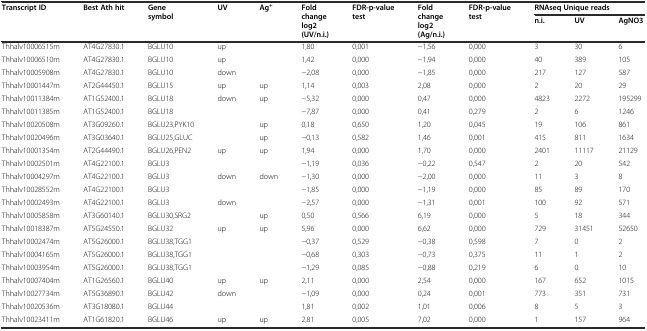
<table><thead><tr><td rowspan="2"><b>Transcript ID</b></td><td rowspan="2"><b>Best Ath hit</b></td><td rowspan="2"><b>Gene symbol</b></td><td><b>UV</b></td><td><b>Ag<sup>+</sup></b></td><td rowspan="2"><b>Fold change log2 (UV/n.i.)</b></td><td rowspan="2"><b>FDR-p-value test</b></td><td rowspan="2"><b>Fold change log2 (Ag/n.i.)</b></td><td rowspan="2"><b>FDR-p-value test</b></td><td colspan="3"><b>RNAseq Unique reads</b></td></tr><tr><td></td><td></td><td><b>n.i.</b></td><td><b>UV</b></td><td><b>AgNO3</b></td></tr></thead><tbody><tr><td>Thhalv10006515m</td><td>AT4G27830.1</td><td>BGLU10</td><td>up</td><td></td><td>1,80</td><td>0,001</td><td>−1,56</td><td>0,000</td><td>3</td><td>30</td><td>6</td></tr><tr><td>Thhalv10006510m</td><td>AT4G27830.1</td><td>BGLU10</td><td>up</td><td></td><td>1,42</td><td>0,000</td><td>−1,94</td><td>0,000</td><td>40</td><td>389</td><td>105</td></tr><tr><td>Thhalv10005908m</td><td>AT4G27830.1</td><td>BGLU10</td><td>down</td><td></td><td>−2,08</td><td>0,000</td><td>−1,85</td><td>0,000</td><td>217</td><td>127</td><td>587</td></tr><tr><td>Thhalv10001447m</td><td>AT2G44450.1</td><td>BGLU15</td><td>up</td><td>up</td><td>1,14</td><td>0,003</td><td>2,08</td><td>0,000</td><td>2</td><td>20</td><td>29</td></tr><tr><td>Thhalv10011384m</td><td>AT1G52400.1</td><td>BGLU18</td><td>down</td><td>up</td><td>−5,32</td><td>0,000</td><td>0,47</td><td>0,000</td><td>4823</td><td>2272</td><td>195299</td></tr><tr><td>Thhalv10011385m</td><td>AT1G52400.1</td><td>BGLU18</td><td></td><td></td><td>−7,87</td><td>0,000</td><td>0,41</td><td>0,279</td><td>2</td><td>6</td><td>1246</td></tr><tr><td>Thhalv10020508m</td><td>AT3G09260.1</td><td>BGLU23,PYK10</td><td></td><td>up</td><td>0,18</td><td>0,650</td><td>1,20</td><td>0,045</td><td>19</td><td>106</td><td>861</td></tr><tr><td>Thhalv10020496m</td><td>AT3G03640.1</td><td>BGLU25,GLUC</td><td></td><td>up</td><td>−0,13</td><td>0,582</td><td>1,46</td><td>0,001</td><td>415</td><td>811</td><td>1634</td></tr><tr><td>Thhalv10001354m</td><td>AT2G44490.1</td><td>BGLU26,PEN2</td><td>up</td><td>up</td><td>1,94</td><td>0,000</td><td>1,70</td><td>0,000</td><td>2401</td><td>11117</td><td>21129</td></tr><tr><td>Thhalv10002501m</td><td>AT4G22100.1</td><td>BGLU3</td><td></td><td></td><td>−1,19</td><td>0,036</td><td>−0,22</td><td>0,547</td><td>2</td><td>20</td><td>542</td></tr><tr><td>Thhalv10004297m</td><td>AT4G22100.1</td><td>BGLU3</td><td>down</td><td>down</td><td>−1,30</td><td>0,000</td><td>−2,00</td><td>0,000</td><td>11</td><td>3</td><td>8</td></tr><tr><td>Thhalv10028552m</td><td>AT4G22100.1</td><td>BGLU3</td><td></td><td></td><td>−1,85</td><td>0,000</td><td>−1,19</td><td>0,000</td><td>85</td><td>89</td><td>170</td></tr><tr><td>Thhalv10002493m</td><td>AT4G22100.1</td><td>BGLU3</td><td>down</td><td></td><td>−2,57</td><td>0,000</td><td>−1,31</td><td>0,001</td><td>100</td><td>92</td><td>571</td></tr><tr><td>Thhalv10005858m</td><td>AT3G60140.1</td><td>BGLU30,SRG2</td><td></td><td>up</td><td>0,50</td><td>0,566</td><td>6,19</td><td>0,000</td><td>5</td><td>18</td><td>344</td></tr><tr><td>Thhalv10018387m</td><td>AT5G24550.1</td><td>BGLU32</td><td>up</td><td>up</td><td>5,96</td><td>0,000</td><td>6,62</td><td>0,000</td><td>729</td><td>31451</td><td>52650</td></tr><tr><td>Thhalv10002474m</td><td>AT5G26000.1</td><td>BGLU38,TGG1</td><td></td><td></td><td>−0,37</td><td>0,529</td><td>−0,38</td><td>0,598</td><td>7</td><td>0</td><td>2</td></tr><tr><td>Thhalv10004165m</td><td>AT5G26000.1</td><td>BGLU38,TGG1</td><td></td><td></td><td>−0,68</td><td>0,303</td><td>−0,73</td><td>0,375</td><td>11</td><td>1</td><td>2</td></tr><tr><td>Thhalv10003954m</td><td>AT5G26000.1</td><td>BGLU38,TGG1</td><td></td><td></td><td>−1,29</td><td>0,085</td><td>−0,88</td><td>0,219</td><td>6</td><td>0</td><td>10</td></tr><tr><td>Thhalv10007404m</td><td>AT1G26560.1</td><td>BGLU40</td><td>up</td><td>up</td><td>2,11</td><td>0,000</td><td>2,54</td><td>0,000</td><td>167</td><td>652</td><td>1015</td></tr><tr><td>Thhalv10027734m</td><td>AT5G36890.1</td><td>BGLU42</td><td>down</td><td></td><td>−1,09</td><td>0,000</td><td>0,24</td><td>0,001</td><td>773</td><td>351</td><td>731</td></tr><tr><td>Thhalv10020536m</td><td>AT3G18080.1</td><td>BGLU44</td><td></td><td></td><td>1,81</td><td>0,002</td><td>1,01</td><td>0,006</td><td>8</td><td>5</td><td>3</td></tr><tr><td>Thhalv10023411m</td><td>AT1G61820.1</td><td>BGLU46</td><td>up</td><td>up</td><td>2,81</td><td>0,005</td><td>7,02</td><td>0,000</td><td>1</td><td>157</td><td>964</td></tr></tbody></table>